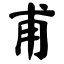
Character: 甫